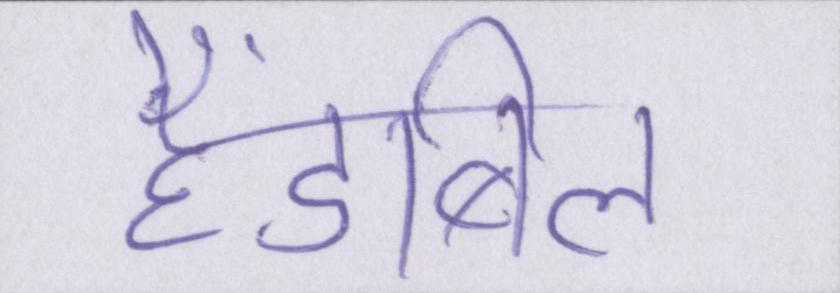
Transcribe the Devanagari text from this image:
हैंडबिल